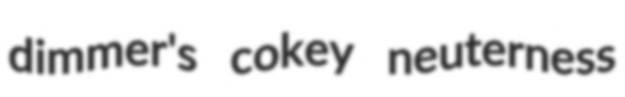
dimmer's cokey neuterness